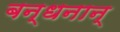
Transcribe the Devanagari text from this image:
बन्धनान्